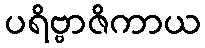
ပရိဗ္ဗာဇိကာယ